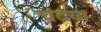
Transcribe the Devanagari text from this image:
चंद्रया